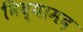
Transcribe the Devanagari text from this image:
विद्यामद